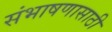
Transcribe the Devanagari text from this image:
संभाषणासाठी